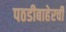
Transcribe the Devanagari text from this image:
पठडीबाहेरची